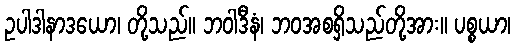
ဥပါဒါနာဒယော၊ တို့သည်။ ဘဝါဒီနံ၊ ဘဝအစရှိသည်တို့အား။ ပစ္စယာ၊